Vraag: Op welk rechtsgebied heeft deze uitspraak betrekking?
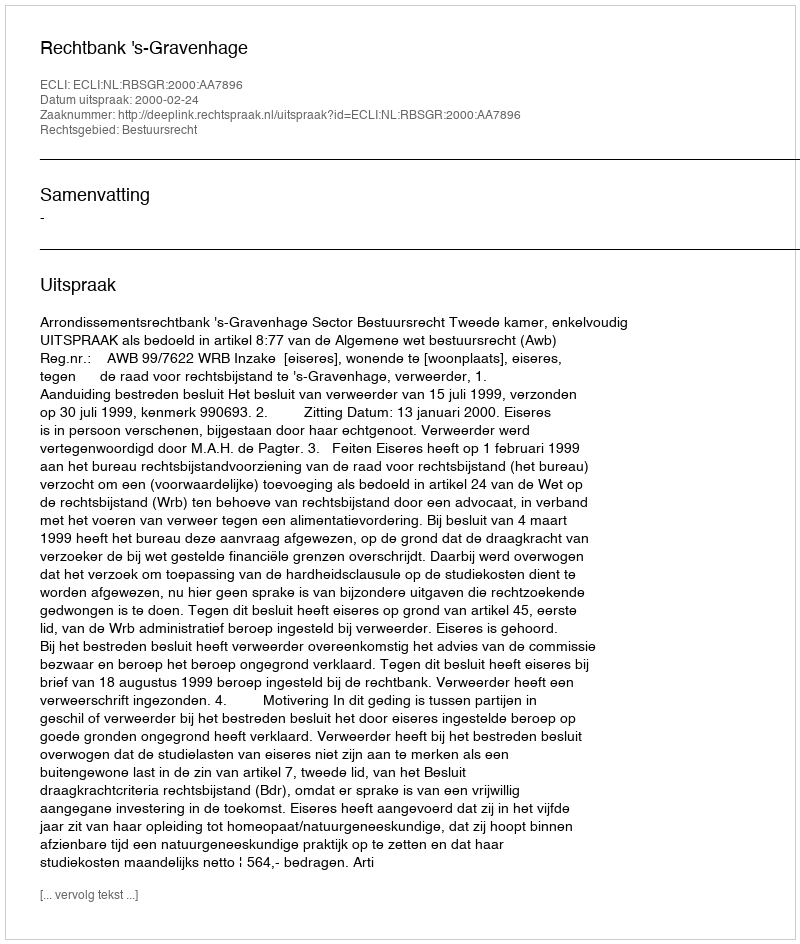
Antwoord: Bestuursrecht